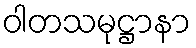
ဝါတသမုဋ္ဌာနာ